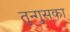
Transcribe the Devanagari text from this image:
तुन्गुसका